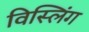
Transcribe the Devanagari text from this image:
विस्लिंग